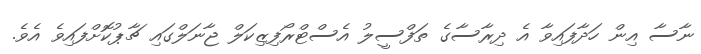
ނާސާ އިން ހަދާފައިވާ އެ ދިރާސާގެ ތަފްސީލު އެސްޓްރޯފިޒިކަލް ޖާނަލްގައި ޗާޕުކޮށްފައިވެ އެވެ.